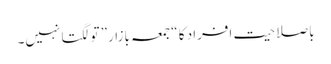
باصلاحیت افراد کا “جمعہ بازار” تو لگتا نہیں۔